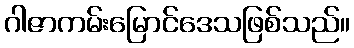
ဂါဇာကမ်းမြောင်ဒေသဖြစ်သည်။